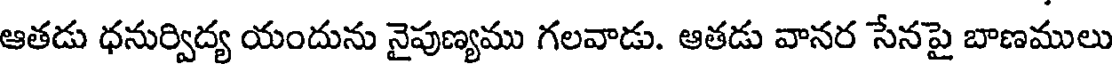
ఆతడు ధనుర్విద్య యందును నైపుణ్యము గలవాడు. ఆతడు వానర సేనపై బాణములు